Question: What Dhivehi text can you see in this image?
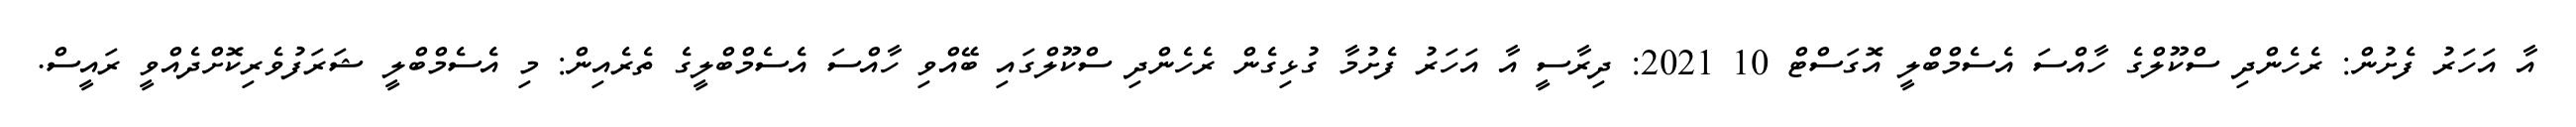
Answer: އާ އަހަރު ފެށުން: ރެހެންދި ސްކޫލްގެ ހާއްސަ އެސެމްބްލީ އޮގަސްޓް 10 2021: ދިރާސީ އާ އަހަރު ފެށުމާ ގުޅިގެން ރެހެންދި ސްކޫލްގައި ބޭއްވި ހާއްސަ އެސެމްބްލީގެ ތެރެއިން: މި އެސެމްބްލީ ޝަރަފުވެރިކޮށްދެއްވީ ރައީސް.